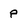
Character: P